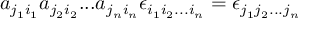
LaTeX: a _ { j _ { 1 } i _ { 1 } } a _ { j _ { 2 } i _ { 2 } } . . . a _ { j _ { n } i _ { n } } \epsilon _ { i _ { 1 } i _ { 2 } . . . i _ { n } } = \epsilon _ { j _ { 1 } j _ { 2 } . . . j _ { n } }